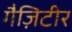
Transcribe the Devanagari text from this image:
गैज़िटीर